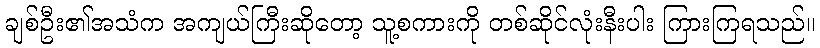
ချစ်ဦး၏အသံက အကျယ်ကြီးဆိုတော့ သူ့စကားကို တစ်ဆိုင်လုံးနီးပါး ကြားကြရသည်။